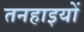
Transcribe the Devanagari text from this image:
तनहाइयों